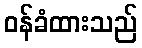
ဝန်ခံထားသည်